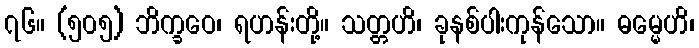
၇၆။ (၅၀၅) ဘိက္ခဝေ၊ ရဟန်းတို့။ သတ္တဟိ၊ ခုနစ်ပါးကုန်သော။ ဓမ္မေဟိ၊